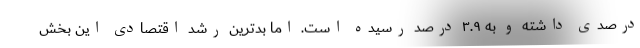
درصدی داشته و به ۳.۹ درصد رسیده است. اما بدترین رشد اقتصادی این بخش